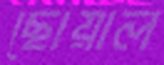
ছোয়াল